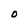
Character: O